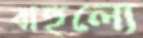
বাহুল্যে